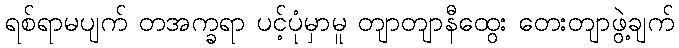
ရစ်ရာမပျက် တအက္ခရာ ပင့်ပုံမှာမူ တျာတျာနီထွေး တေးတျာဖွဲ့ချက်